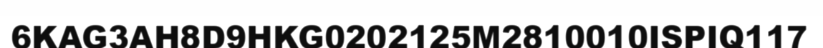
6KAG3AH8D9HKG0202125M2810010ISPIQ117